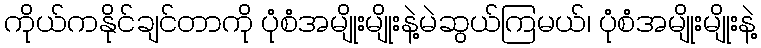
ကိုယ်ကနိုင်ချင်တာကို ပုံစံအမျိုးမျိုးနဲ့မဲဆွယ်ကြမယ်၊ ပုံစံအမျိုးမျိုးနဲ့